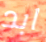
ابد